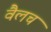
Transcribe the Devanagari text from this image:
वैलच